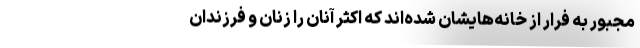
مجبور به فرار از خانه‌هایشان شده‌اند که اکثر آنان را زنان و فرزندان